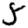
Digit: 3